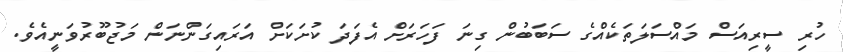
ހުރި ސީރިއަސް މައްސަލަތަކެއްގެ ސަބަބުން ގިނަ ފަހަރަށް އެފަދަ ކުށަކަށް އަރައިގަންނަން މަޖުބޫރުވަނީއެވެ.